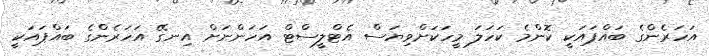
އަހަރެންގެ ބައްޕައަކީ ކޮންމެ ކަހަލަ މީހަކަށްވިޔަސް އެޓްލީސްޓް އަހަންނަށް އިނގޭ އަހަރެންގެ ބައްޕައަކީ